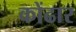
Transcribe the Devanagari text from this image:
कोंढार